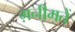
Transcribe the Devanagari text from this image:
ग़नीमतें